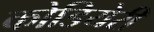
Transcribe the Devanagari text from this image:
कोडियेरी